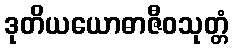
ဒုတိယယောဓာဇီဝသုတ္တံ